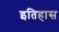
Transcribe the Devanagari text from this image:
इतिहास